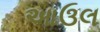
આઉલ